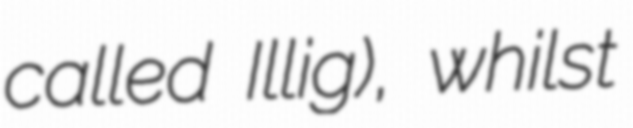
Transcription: called Illig), whilst